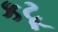
કટૂ